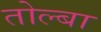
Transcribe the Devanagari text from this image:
तोल्बा